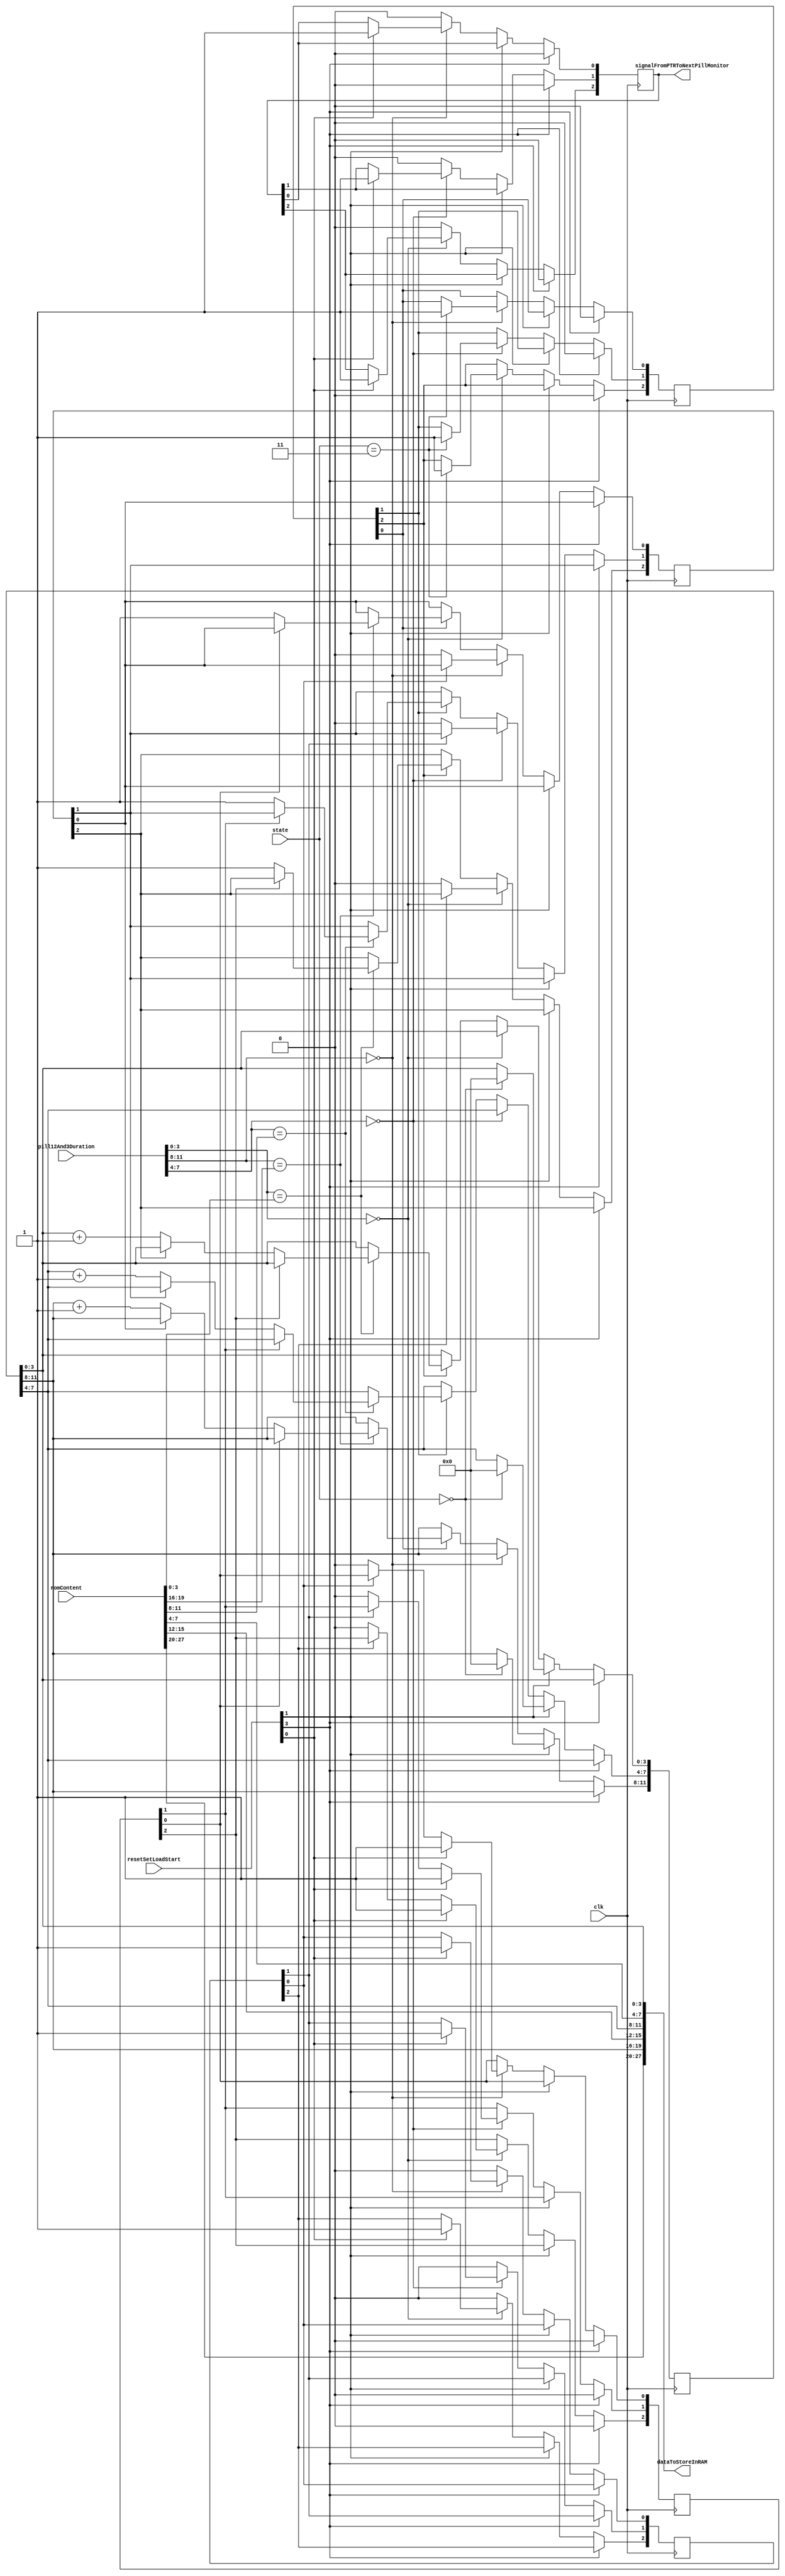
/*
Name: The Magnesium Team (Olanrewaju Ibironke, Su Hui Tan, Anitha Ramesh Puranik, Meghna Chittajallu)
Date: May 4, 2016
Project: Pill Taken Recorder
Purpose: Evaluates the amount of time pills were missed by evaluating if the pills were taken or not 
*/

module PillTakenRecorder(state, resetSetLoadStart, romContent, pill12And3Duration, clk, dataToStoreInRAM, signalFromPTRToNextPillMonitor);

input clk;
input [3:0] resetSetLoadStart, state;
input [11:0] pill12And3Duration;
input [27:0] romContent;
 
output reg [2:0] signalFromPTRToNextPillMonitor;
output [27:0] dataToStoreInRAM;

reg [11:0] pill12And3Misses; 
reg [2:0] ignoreTheStartState, incrementOnce, tookPill, preventTPAndIOFromChangingTwiceInOneSecond;  

always @(posedge clk)
begin 
	if(resetSetLoadStart[3] == 1)begin										// If The reset button is pushed 
		signalFromPTRToNextPillMonitor <= 3'd0;								// tell next pill monitor not to load the preset duration to take pill
		tookPill <= 3'd0;													// reset the tookPill array
		ignoreTheStartState <= 3'd0;										// reset the ignoreTheStartState array
 	end
 	else if(resetSetLoadStart[1] == 1)begin									// if the load from rom push button was pressed
 		if(state == 4'd0)begin												// and we transition from the reset state
 			pill12And3Misses <= 12'd0;										// reset the miss counts to zero
 		end
 	end
	else begin																// if the reset or load from rom buttons were not pushed

		if(pill12And3Duration[11:8] == 4'd0)begin							// and the pill 1 duration is 0
			if(preventTPAndIOFromChangingTwiceInOneSecond[0] == 0)begin		// addresses cases where the interval stored in rom is 1 second
				tookPill[0] <= 0;																		 
				incrementOnce[0] <= 0;
			end  
			if(resetSetLoadStart[0] == 1)begin								// if the start button is pushed
				signalFromPTRToNextPillMonitor[0] <= 1;						// patient took pill 1 so switch off the LED and reset the pill duration to max  
				tookPill[0] <= 1;											// patient took pill 1 so don't increment miss for pill 1
				preventTPAndIOFromChangingTwiceInOneSecond[0] <= 1;			// keep tookPill[1] as 1 and not flipped to zero from above after being asserted
			end  
			if(state == 4'd3)begin											// permit the system to increment only when we have started the time
				ignoreTheStartState[0] <= 1;								
			end 
		end 
		else begin 															// if pill 1 duration is not 0 or 1
			preventTPAndIOFromChangingTwiceInOneSecond[0] <= 0;
			if(signalFromPTRToNextPillMonitor[0] == 1)begin					// and if the LED was switched off
				signalFromPTRToNextPillMonitor[0] <= 0; 					// reset the signal to NextPillMonitor so it can be used again
			end
			if(ignoreTheStartState[0] == 1)begin							// prevents any decrement at the reset or start state (set to 0 by the reset only)
			 	if(pill12And3Duration[11:8] == romContent[19:16])begin		// evaluates only if it is at the maximum interval
			 		if(tookPill[0] == 0)begin								// If the start button was not pushed to turn off the alarm
			 			if(incrementOnce[0] == 0)begin
			 				pill12And3Misses[11:8] <= pill12And3Misses[11:8] + 4'd1;	// then the patient missed his pill so increment by 1
			 				incrementOnce[0] <= 1;  
			 			end 
			 		end  
			 	end  														
			 end
		end 

		if(pill12And3Duration[7:4] == 4'd0)begin							// and the pill 2 duration is 0
			if(preventTPAndIOFromChangingTwiceInOneSecond[1] == 0)begin		// addresses cases where the interval stored in rom is 1 second
				tookPill[1] <= 0;																		 
				incrementOnce[1] <= 0;
			end  
			if(resetSetLoadStart[0] == 1)begin								// if the start button is pushed
				signalFromPTRToNextPillMonitor[1] <= 1;  					// patient took pill 2 so switch off the LED and reset the pill duration to max 
				tookPill[1] <= 1;											// patient took pill 2 so don't increment miss for pill 2
				preventTPAndIOFromChangingTwiceInOneSecond[1] <= 1;			// keep tookPill[1] as 1 and not flipped to zero from above after being asserted
			end 
			if(state == 4'd3)begin											// permit the system to increment only when we have started the time
				ignoreTheStartState[1] <= 1;
			end 
		end
		else begin 															// if pill 2 duration is not 0 or 1
			preventTPAndIOFromChangingTwiceInOneSecond[1] <= 0;
			if(signalFromPTRToNextPillMonitor[1] == 1)begin					// and if the LED was switched off
				signalFromPTRToNextPillMonitor[1] <= 0; 					// reset the signal to NextPillMonitor so it can be used again
			end
			if(ignoreTheStartState[1] == 1)begin							// prevents any decrement at the reset or start state (set to 0 by the reset only)
			 	if(pill12And3Duration[7:4] == romContent[11:8])begin		// evaluates only if it is at the maximum interval
			 		if(tookPill[1] == 0)begin								// If the start button was not pushed to turn off the alarm
			 			if(incrementOnce[1] == 0)begin
			 				pill12And3Misses[7:4] <= pill12And3Misses[7:4] + 4'd1;	// then the patient missed his pill so increment by 1
			 				incrementOnce[1] <= 1;  
			 			end 
			 		end  
			 	end  														
			 end
		end 	 

		if(pill12And3Duration[3:0] == 4'd0)begin							// and the pill 3 duration is 0
			if(preventTPAndIOFromChangingTwiceInOneSecond[2] == 0)begin		// addresses cases where the interval stored in rom is 1 second
				tookPill[2] <= 0;																		 
				incrementOnce[2] <= 0;
			end 
			if(resetSetLoadStart[0] == 1)begin								// if the start button is pushed
				signalFromPTRToNextPillMonitor[2] <= 1;  					// patient took pill 3 so switch off the LED and reset the pill duration to max
				tookPill[2] <= 1;											// patient took pill 3 so don't increment miss for pill 3
				preventTPAndIOFromChangingTwiceInOneSecond[2] <= 1;			// keep tookPill[2] as 1 and not flipped to zero from above after being asserted
			end  
			if(state == 4'd3)begin											// permit the system to increment only when we have started the time
				ignoreTheStartState[2] <= 1;
			end 
		end
		else begin
			preventTPAndIOFromChangingTwiceInOneSecond[2] <= 0;
			if(signalFromPTRToNextPillMonitor[2] == 1)begin
				signalFromPTRToNextPillMonitor[2] <= 0; 
			end
			if(ignoreTheStartState[2] == 1)begin							// prevents any decrement at the reset or start state (set to 0 by the reset only)
			 	if(pill12And3Duration[3:0] == romContent[3:0])begin			// evaluates only if it is at the maximum interval
			 		if(tookPill[2] == 0)begin								// If the start button was not pushed to turn off the alarm
			 			if(incrementOnce[2] == 0)begin
			 				pill12And3Misses[3:0] <= pill12And3Misses[3:0] + 4'd1;	// then the patient missed his pill so increment by 1
			 				incrementOnce[2] <= 1;  
			 			end 
			 		end  
			 	end  														
			 end
		end  
	end
end

assign dataToStoreInRAM[27:24] = romContent[27:24];
assign dataToStoreInRAM[23:20] = romContent[23:20];
assign dataToStoreInRAM[19:16] = pill12And3Misses[11:8];
assign dataToStoreInRAM[15:12] = romContent[15:12];
assign dataToStoreInRAM[11:8]  = pill12And3Misses[7:4];
assign dataToStoreInRAM[7:4]   = romContent[7:4];
assign dataToStoreInRAM[3:0]   = pill12And3Misses[3:0];
endmodule